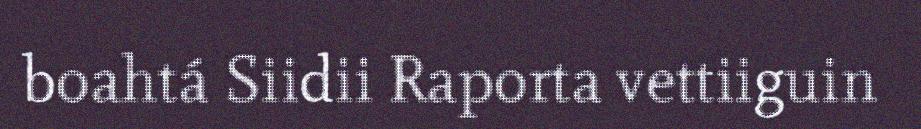
boahtá Siidii Raporta vettiiguin